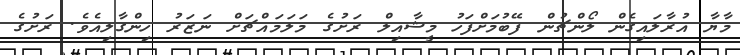
މާޔާ އުރާލައިގެން ލޯންޗުން ފޭބުމަށްފަހު މީޝާއިލް ރަށުގެ މަލަމައްޗަށް ނަޒަރު ހިންގާލިއެވެ. ރަށުގެ